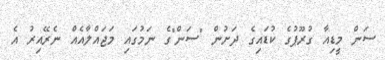
ސަން މީޑިއާ ގުރޫޕުގެ ކުޑައިގެ ދަށުން "ސަން"ގެ ނަމުގައި މަޖައްލާއެއް ނެރޭއިރު އެ